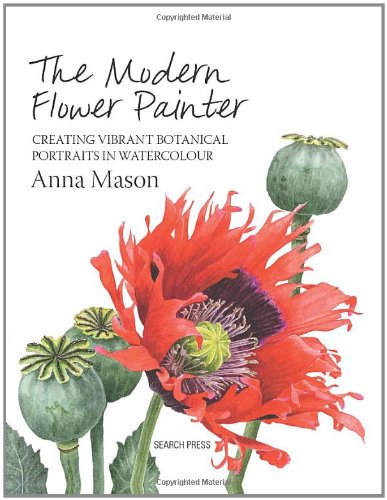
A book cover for The Modern Flower Painter: A Guide to Creating Vibrant Botanical Portraits in Watercolour; Anna Mason; Arts & Photography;